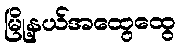
မြို့နယ်အထွေထွေ